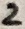
Text: 2